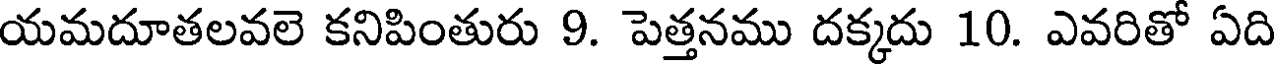
యమదూతలవలె కనిపింతురు 9. పెత్తనము దక్కదు 10. ఎవరితో ఏది